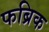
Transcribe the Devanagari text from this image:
फब्रिक